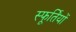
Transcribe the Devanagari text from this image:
स्फूर्तियों